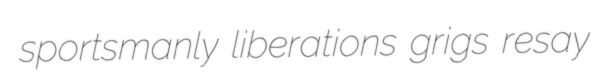
sportsmanly liberations grigs resay